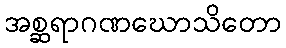
အစ္ဆရာဂဏဃောသိတော